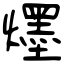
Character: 爅